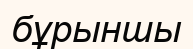
бұрыншы